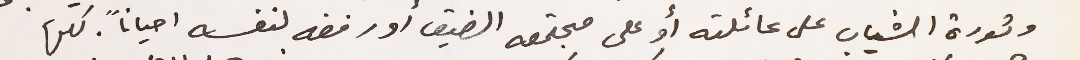
وثورة الشباب على عائلته أو على مجتمعه الضيق أو رفضه لنفسه احياناً . كلها